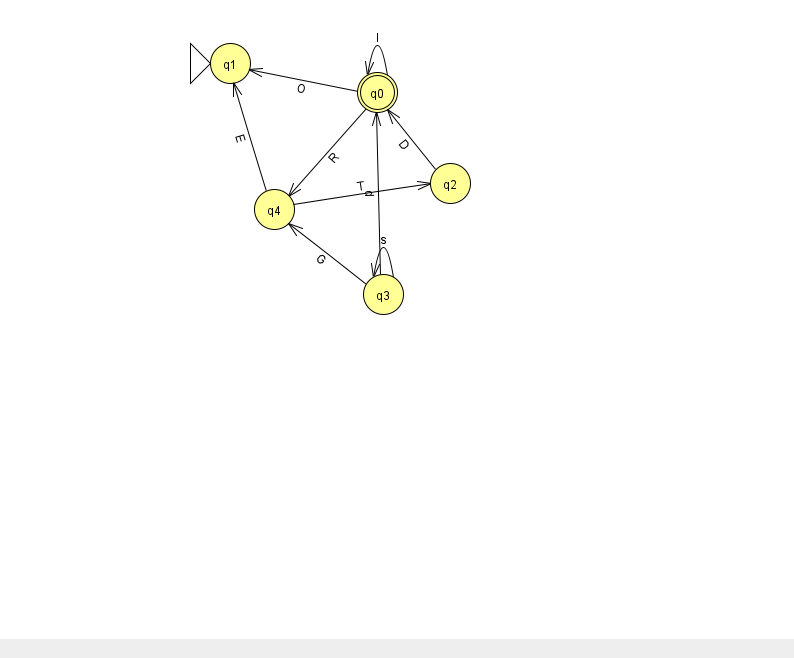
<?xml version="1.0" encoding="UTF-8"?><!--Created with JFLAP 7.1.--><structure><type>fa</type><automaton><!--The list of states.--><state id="0" name="q0"><x>377.0</x><y>79.0</y><final/></state><state id="1" name="q1"><x>230.0</x><y>50.0</y><initial/></state><state id="2" name="q2"><x>450.0</x><y>170.0</y></state><state id="3" name="q3"><x>383.0</x><y>281.0</y></state><state id="4" name="q4"><x>274.0</x><y>196.0</y></state><!--The list of transitions.--><transition><from>4</from><to>1</to><read>E</read></transition><transition><from>3</from><to>3</to><read>s</read></transition><transition><from>0</from><to>1</to><read>O</read></transition><transition><from>2</from><to>0</to><read>D</read></transition><transition><from>3</from><to>0</to><read>d</read></transition><transition><from>4</from><to>2</to><read>T</read></transition><transition><from>3</from><to>4</to><read>G</read></transition><transition><from>0</from><to>0</to><read>l</read></transition><transition><from>0</from><to>4</to><read>R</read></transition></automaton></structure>